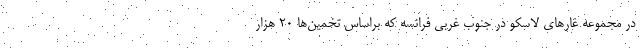
در مجموعه غارهای لاسکو در جنوب غربی فرانسه که براساس تخمین‌ها ۲۰ هزار